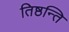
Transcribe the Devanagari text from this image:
तिष्ठन्ति